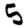
Digit: 5